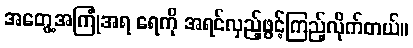
အတွေ့အကြုံအရ ရေကို အရင်လှည့်ဖွင့်ကြည့်လိုက်တယ်။